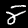
Label: 8